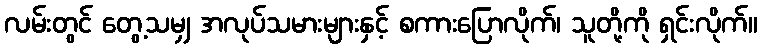
လမ်းတွင် တွေ့သမျှ အလုပ်သမားများနှင့် စကားပြောလိုက်၊ သူတို့ကို ရှင်းလိုက်။